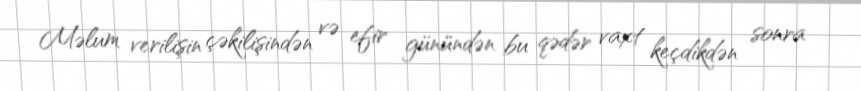
Məlum verilişin çəkilişindən və efir günündən bu qədər vaxt keçdikdən sonra